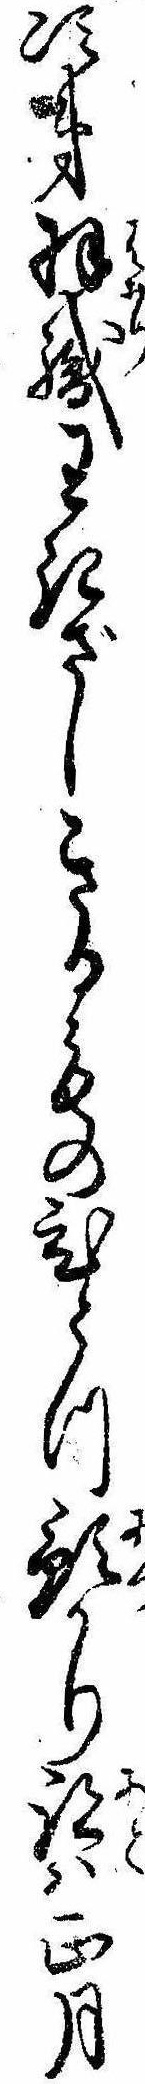
次第羽織わきざしきるものひとつ預かり跡は正月